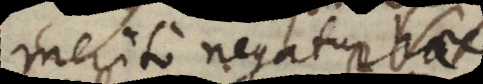
merito negatur